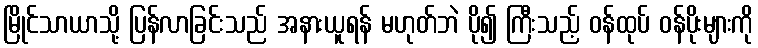
မြိုင်သာယာသို့ ပြန်လာခြင်းသည် အနားယူရန် မဟုတ်ဘဲ ပို၍ ကြီးသည့် ဝန်ထုပ် ဝန်ပိုးများကို